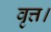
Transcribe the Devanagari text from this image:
वृत्त।